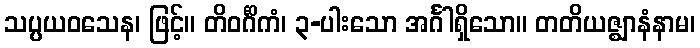
သပ္ပယဝသေန၊ ဖြင့်။ တိဝင်္ဂိကံ၊ ၃-ပါးသော အင်္ဂါရှိသော။ တတိယဇ္ဈာနံနာမ၊